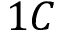
1 C